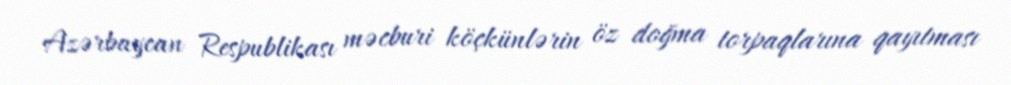
Azərbaycan Respublikası məcburi köçkünlərin öz doğma torpaqlarına qayıtması